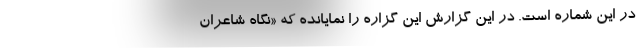
در این شماره است. در این گزارش این گزاره را نمایانده که «نگاه شاعران